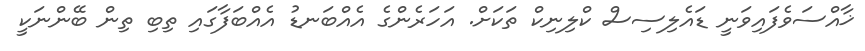
ޚާއްސަވެފައިވަނީ ޑައެލިސިސް ކްލިނިކް ތަކަށް. އަހަރެންގެ އެއްބަނޑު އެއްބަފާގައި ތިބި ތިން ބޭންނަކީ